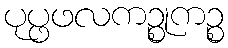
ပုပ္ဖဖလကဉ္စုကဉ္စ